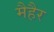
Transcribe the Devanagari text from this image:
मैहैर